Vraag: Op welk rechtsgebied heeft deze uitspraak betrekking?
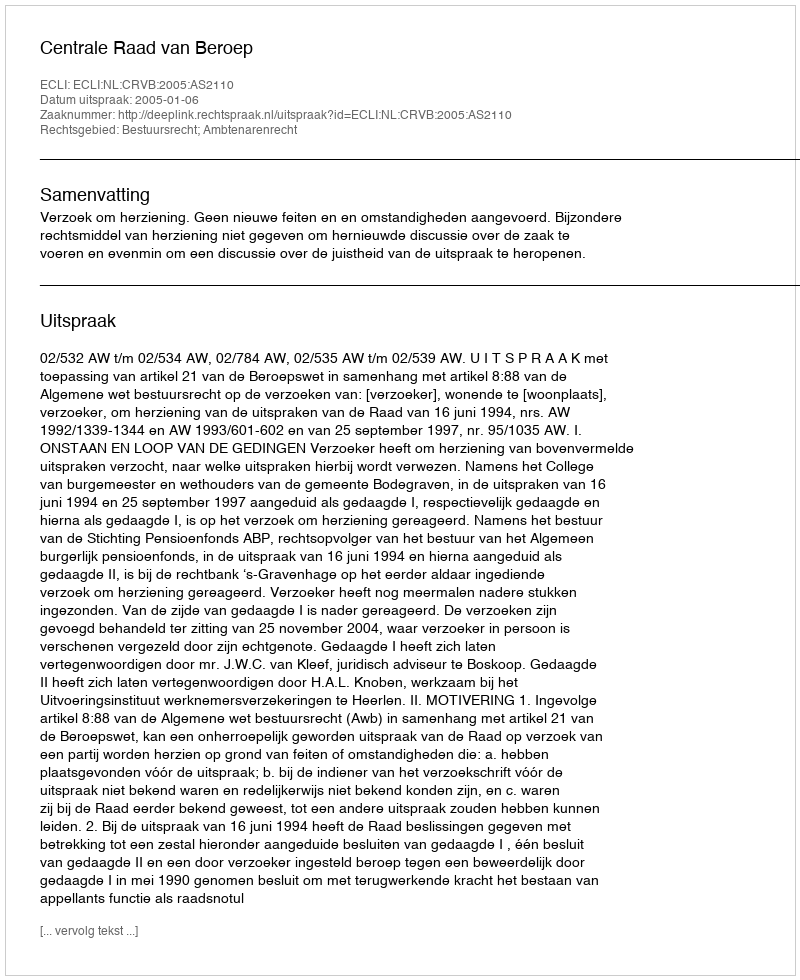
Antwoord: Bestuursrecht; Ambtenarenrecht